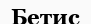
Бетис